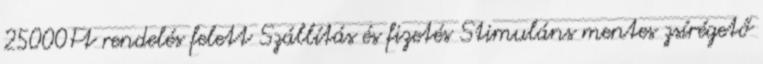
25000Ft rendelés felett Szállítás és fizetés Stimuláns mentes zsírégető